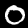
Label: 0